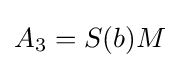
\displaystyle A_{3}=S(b)M